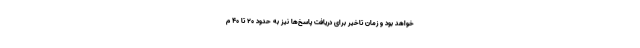
خواهد بود و زمان تاخیر برای دریافت پاسخ‌ها نیز به حدود ۲۰ تا ۴۰ م